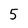
Character: 5